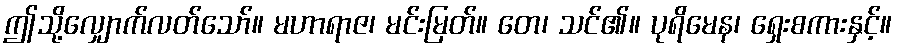
ဤသို့လျှောက်လတ်သော်။ မဟာရာဇ၊ မင်းမြတ်။ တေ၊ သင်၏။ ပုရိမေန၊ ရှေးစကားနှင့်။